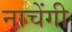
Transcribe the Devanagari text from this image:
नाचेंगी